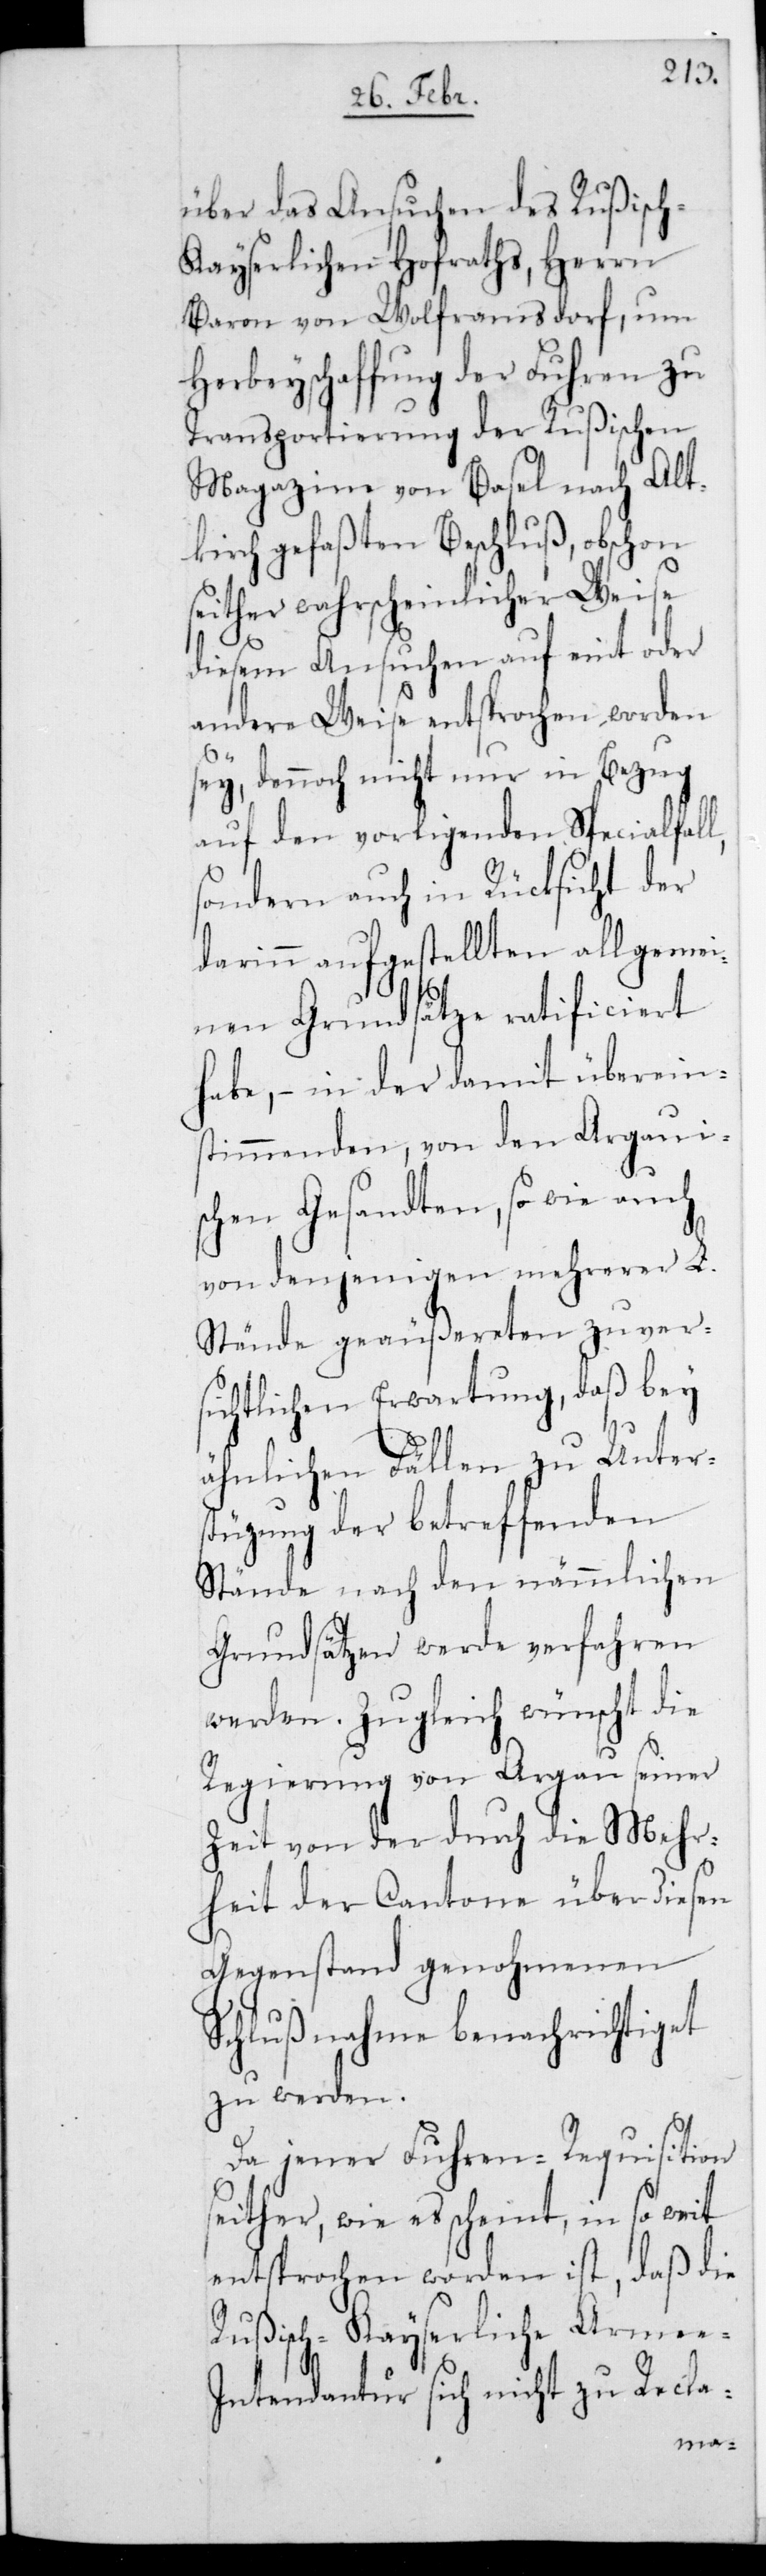
über das Ansuchen des Rußisc¬
h-Kayserlichen Hofraths, Herrn
Baron von Wolframsdorf, um
Herbeyschaffung der Fuhren zu
Transportierung der Rußischen
Magazine von Basel nach Alt¬
kirch gefaßten Beschluß, obschon
seither wahrscheinlicher Weise
diesem Ansuchen auf eint oder
andere Weise entsprochen worden
sey, dennoch nicht nur in Bezug
auf den vorligenden Spezialfall,
sondern auch in Rücksicht der
darin aufgestellten allgemei¬
nen Grundsätze ratificiert
habe, – in der damit überein¬
stimmenden, von den Argaui¬
schen Gesandten sowie auch
von denjenigen mehrerer L.
Stände geäußereten zuver¬
sichtlichen Erwartung, daß bey
ähnlichen Fällen zu Unter¬
stützung der betreffenden
Stände nach den nämmlichen
Grundsätzen werde verfahren
werden. Zugleich wünscht die
Regierung von Argau seiner
Zeit von der durch die Mehr¬
heit der Cantone über diesen
Gegenstand genohmenen
Schlußnahme benachrichtiget
zu werden.
Da jener Fuhren-Requisition
seither, wie es scheint, in so weit
entsprochen worden ist, daß die
Rußisch-Kayserliche Arme¬
ntendantur sich nicht zu Recla-
e-I¬